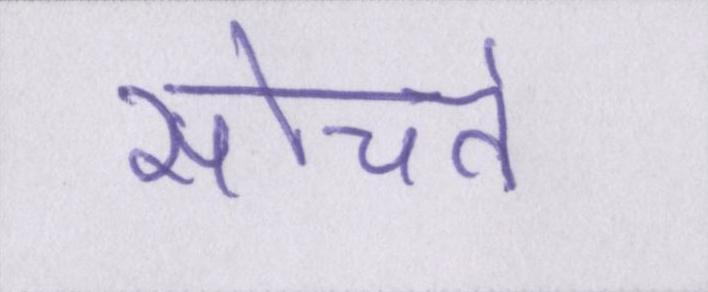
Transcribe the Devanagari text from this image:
सोचते